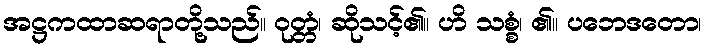
အဋ္ဌကထာဆရာတို့သည်။ ဝုတ္တံ၊ ဆိုသင့်၏။ ဟိ သစ္စံ၊ ၏။ ပဘေဒတော၊